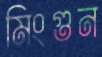
মিংগুন